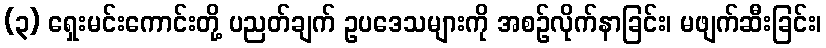
(၃) ရှေးမင်းကောင်းတို့ ပညတ်ချက် ဥပဒေသများကို အစဉ်လိုက်နာခြင်း၊ မဖျက်ဆီးခြင်း၊